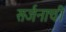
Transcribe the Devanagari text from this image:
सर्जनाची